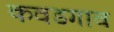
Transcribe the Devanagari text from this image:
कवडगाव